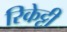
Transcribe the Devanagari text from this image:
रिकेट्टी